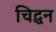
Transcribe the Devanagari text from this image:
चिद्घन